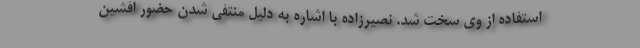
استفاده از وی سخت شد. نصیرزاده با اشاره به دلیل منتفی شدن حضور افشین